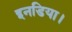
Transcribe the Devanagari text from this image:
इनडिया।